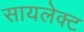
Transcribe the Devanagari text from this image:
सायलेक्ट